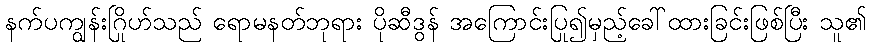
နက်ပကျွန်းဂြိုဟ်သည် ရောမနတ်ဘုရား ပိုဆီဒွန် အကြောင်းပြု၍မှည့်ခေါ်ထားခြင်းဖြစ်ပြီး သူ၏